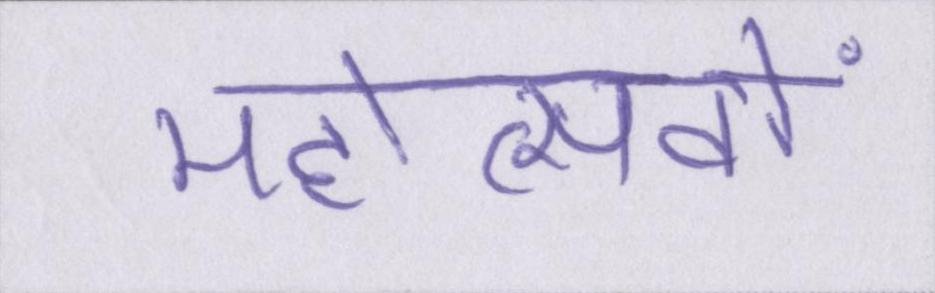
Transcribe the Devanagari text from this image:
महोत्सवों